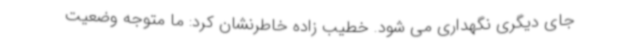
جای دیگری نگهداری می شود. خطیب زاده خاطرنشان کرد: ما متوجه وضعیت